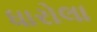
ધારોલા